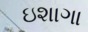
ઇશાગા